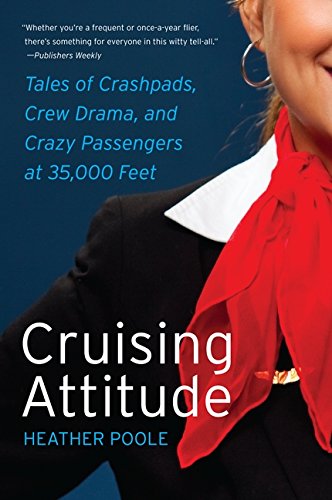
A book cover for Cruising Attitude: Tales of Crashpads, Crew Drama, and Crazy Passengers at 35,000 Feet; Heather Poole; Travel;